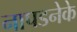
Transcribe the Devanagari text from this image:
नापडनेके